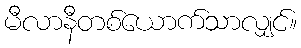
မီလာနီတစ်ယောက်သာလျှင်။